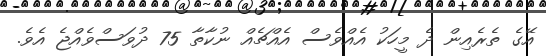
އޭގެ ތެރެއިން ދެ މީހަކު އެއްވެސް އެއްޗެއް ނުކާތާ 75 ދުވަސްވެއްޖެ އެވެ.